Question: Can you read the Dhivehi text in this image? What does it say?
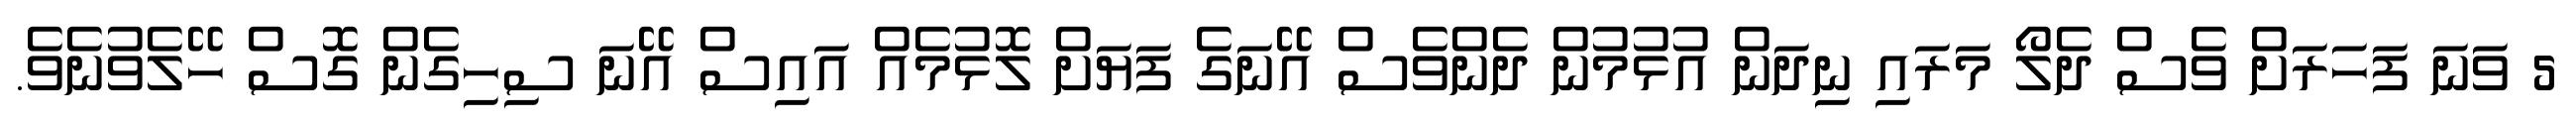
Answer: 5 ވަނަ ފަހަރަށް ވެސް ދެލޯ މަރައި ނިދަން އުޅުމުން ދެންވެސް އޭނަގެ ފަޔަށް ލޮޅުމެއް އައިސް އޭނަ ސިހިގެން ގޮސް ހޭލެވުނެވެ.